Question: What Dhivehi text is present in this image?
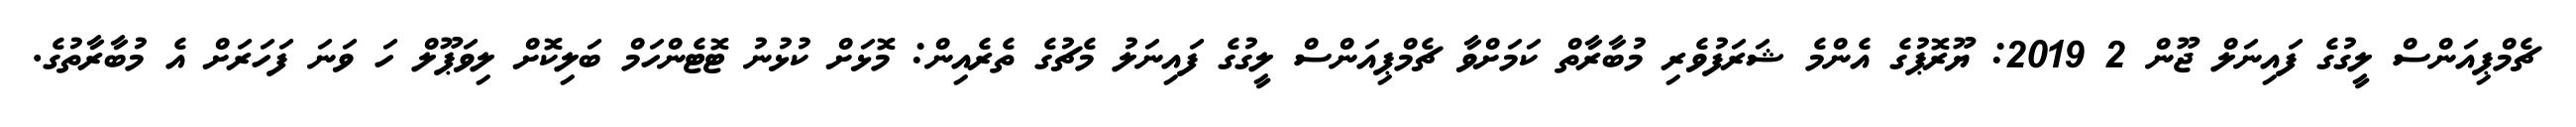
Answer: ޗެމްޕިއަންސް ލީގުގެ ފައިނަލް ޖޫން 2 2019: ޔޫރޮޕުގެ އެންމެ ޝަރަފުވެރި މުބާރާތް ކަމަށްވާ ޗެމްޕިއަންސް ލީގުގެ ފައިނަލު މެޗުގެ ތެރެއިން: މޮޅަށް ކުޅުނު ޓޮޓެންހަމް ބަލިކޮށް ލިވަޕޫލް ހަ ވަނަ ފަހަރަށް އެ މުބާރާތުގެ.